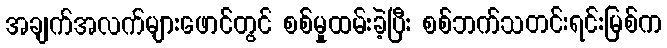
အချက်အလက်များဖောင်တွင် စစ်မှုထမ်းခဲ့ပြီး စစ်ဘက်သတင်းရင်းမြစ်က